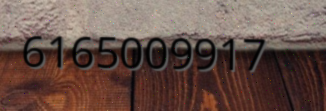
6165009917